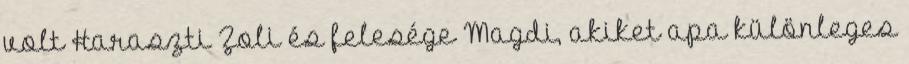
volt Haraszti Zoli és felesége Magdi, akiket apa különleges